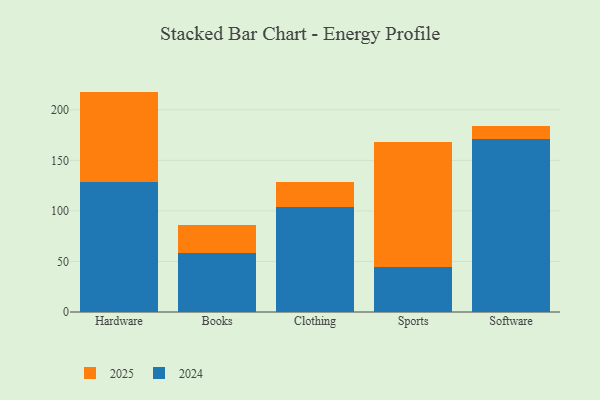
{"axis": {"x": "Category", "y": "Page Views"}, "legend": ["2024", "2025"], "data": [{"x": "Hardware", "y": 128.5, "type": "2024"}, {"x": "Hardware", "y": 89.5, "type": "2025"}, {"x": "Books", "y": 58.7, "type": "2024"}, {"x": "Books", "y": 27.1, "type": "2025"}, {"x": "Clothing", "y": 104.2, "type": "2024"}, {"x": "Clothing", "y": 24.1, "type": "2025"}, {"x": "Sports", "y": 44.6, "type": "2024"}, {"x": "Sports", "y": 123.2, "type": "2025"}, {"x": "Software", "y": 171.6, "type": "2024"}, {"x": "Software", "y": 11.9, "type": "2025"}]}